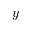
\boldsymbol { y }